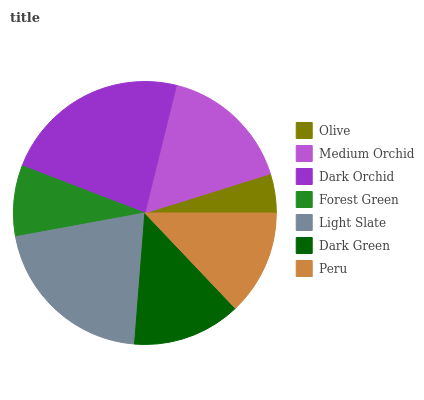
| Olive | Medium Orchid | Dark Orchid | Forest Green | Light Slate | Dark Green | Peru |
 | --- | --- | --- | --- | --- | --- | --- |
 | 4.82% | 16.4% | 23% | 8.71% | 20.8% | 13.3% | 12.9% |